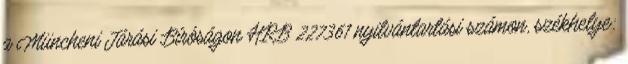
a Müncheni Járási Bíróságon HRB 227361 nyilvántartási számon, székhelye: